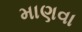
માણવા